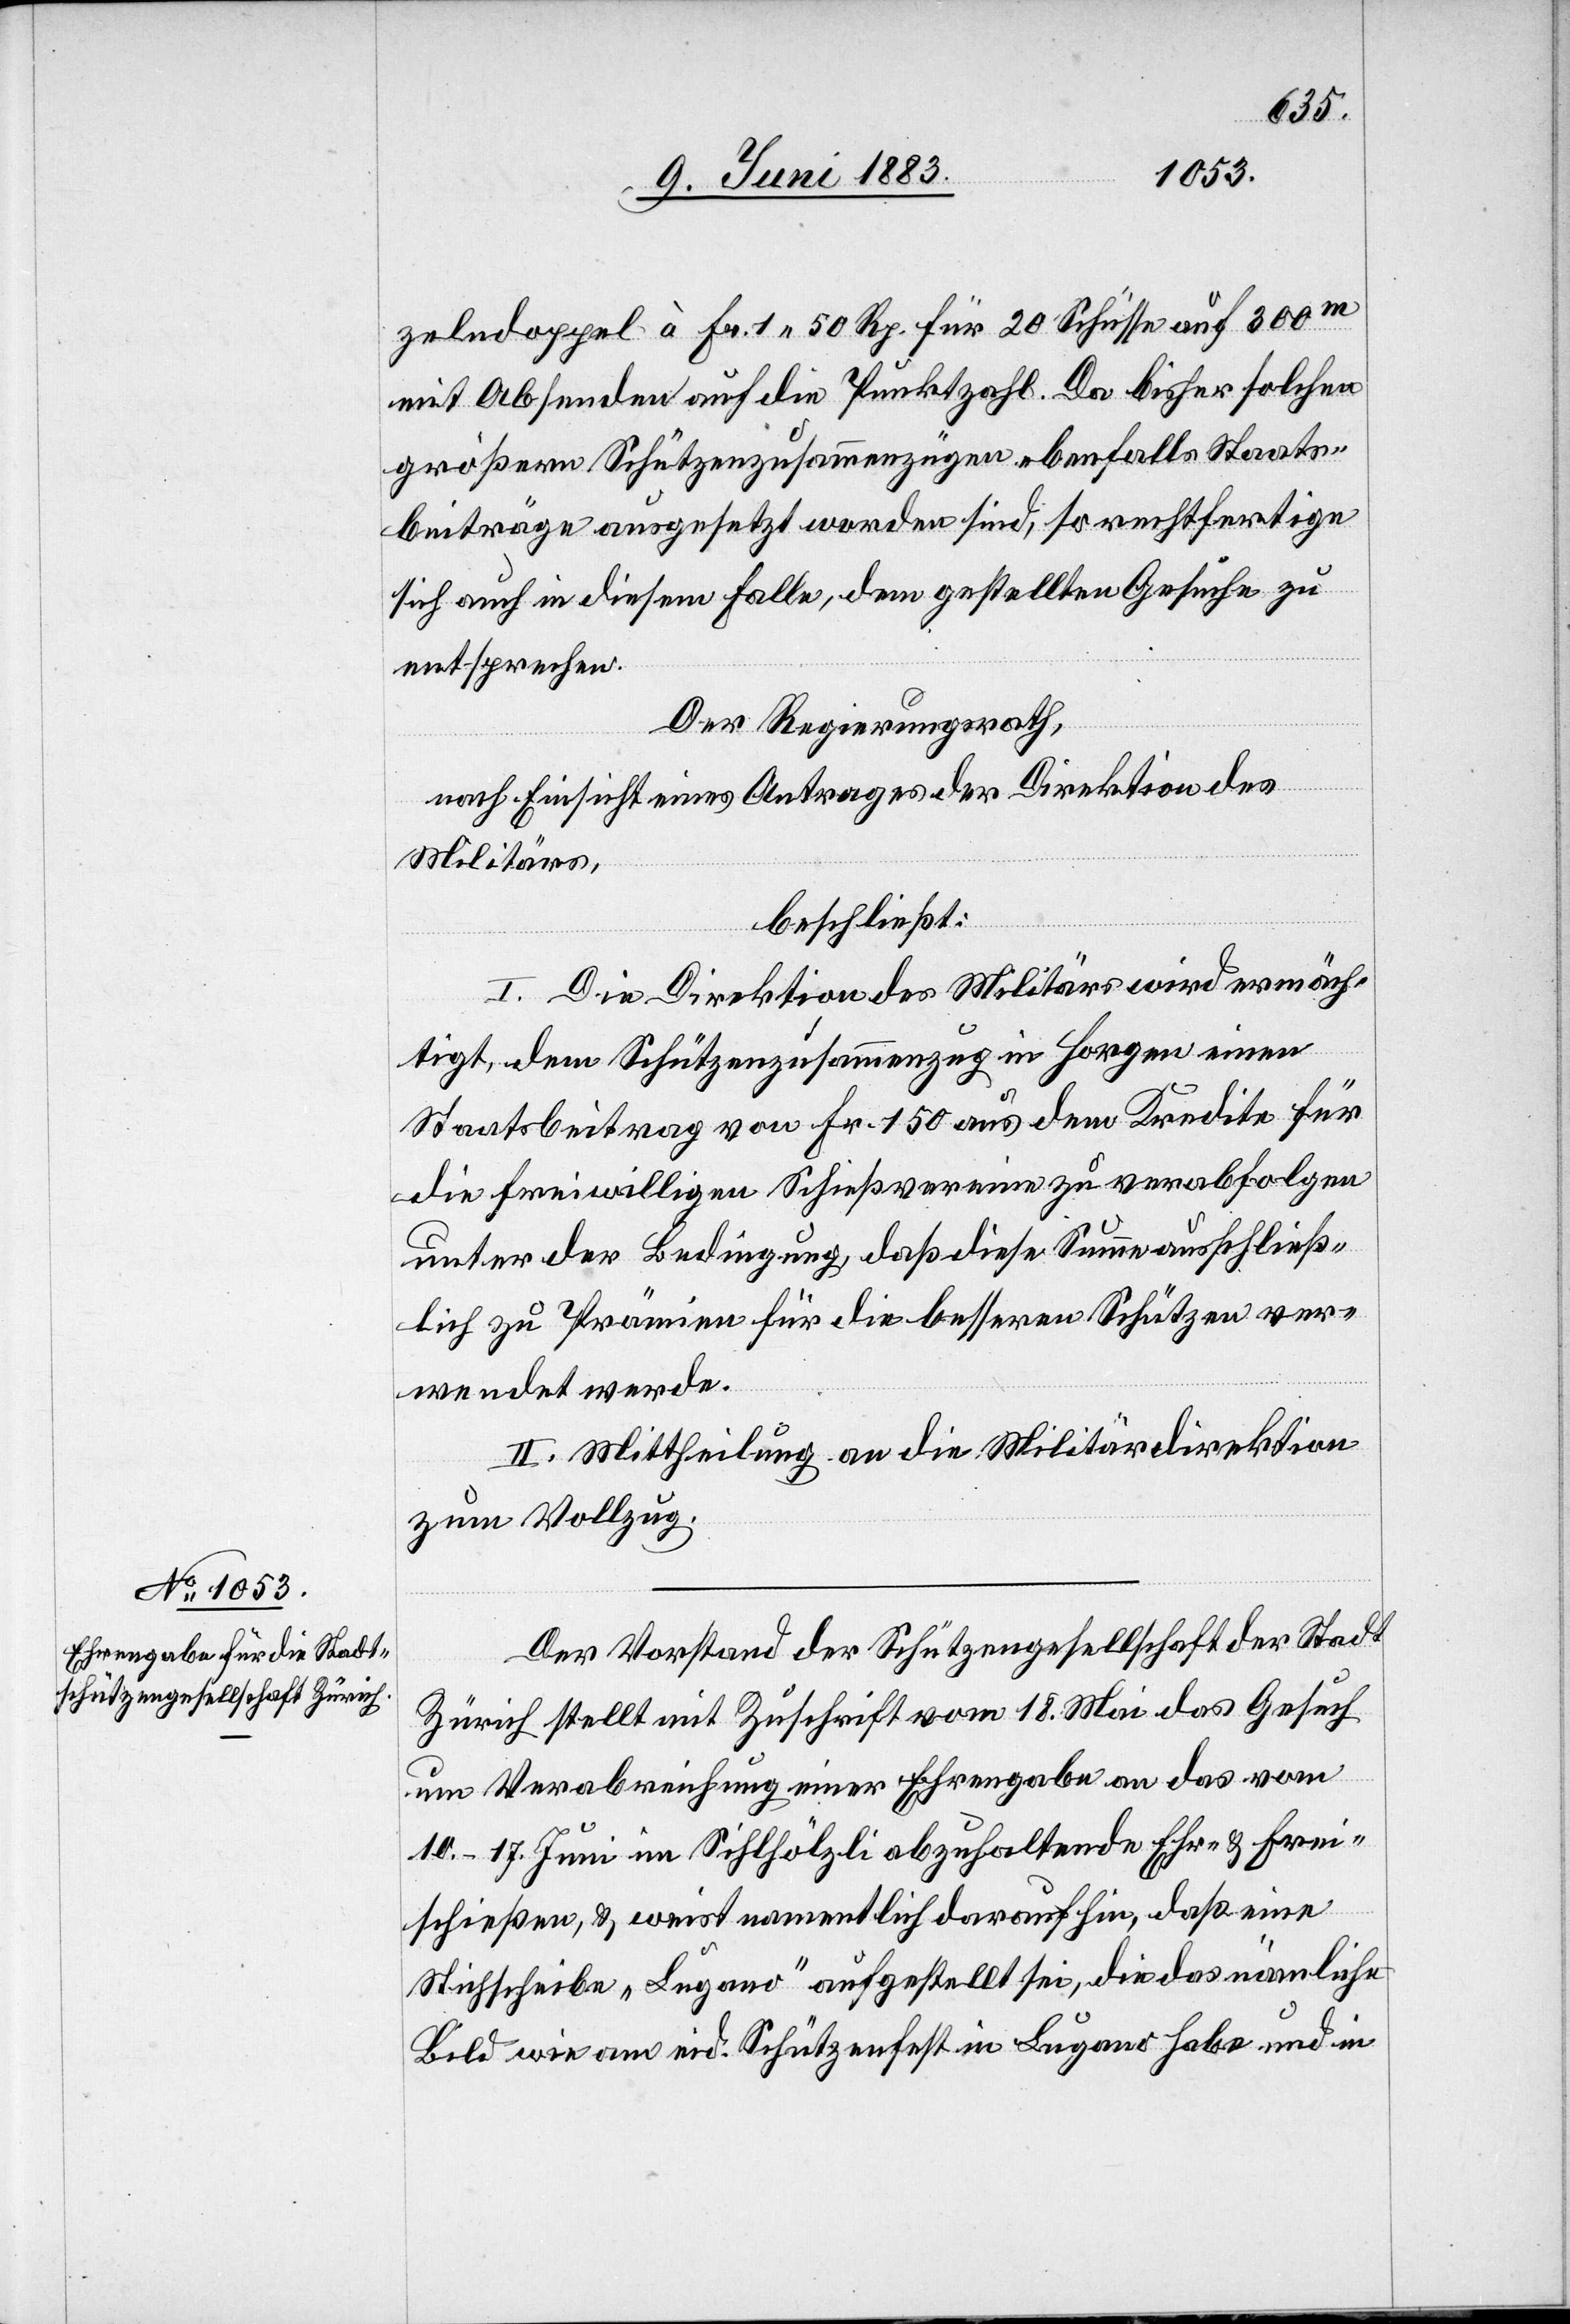
zeldoppel à Fr. 1 50 Rp. für 20 Schüsse auf 300m
mit Absenden auf die Punktzahl. Da bisher solchen
größern Schützenzusammenzügen ebenfalls Staats¬
beiträge ausgesetzt worden sind, so rechtfertige
sich auch in diesem Falle, dem gestellten Gesuche zu
entsprechen.
Der Regierungsrath,
nach Einsicht eines Antrages der Direktion des
Militärs,
beschließt:
I. Die Direktion des Militärs wird ermäch¬
tigt, dem Schützenzusammenzug in Horgen einen
Staatsbeitrag von Fr. 150 aus dem Kredite für
die freiwilligen Schießvereine zu verabfolgen
unter der Bedingung, daß diese Summe ausschließ¬
lich zu Prämien für die besseren Schützen ver¬
wendet werde.
II. Mittheilung an die Militärdirektion
zum Vollzug.
Der Vorstand der Schützengesellschaft der Stadt
Zürich stellt mit Zuschrift vom 18. Mai das Gesuch
um Verabreichung einer Ehrengabe an das vom
10.–17. Juni im Sihlhölzli abzuhaltende Ehr- & Frei¬
schießen, & weist namentlich daraufhin, daß eine
Stichscheibe „Lugano“ aufgestellt sei, die das nämliche
Bild wie am eid. Schützenfest in Lugano habe und in